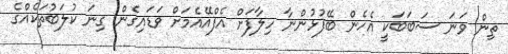
ތިން ވަނަ ސަބަބަކީ އެހެން ބޭފުޅުންނާ ހިލާފަށް އެފްއޭއެމަށް ވަޑައިގެން ގިނަ ކުލަބުތަކެއްގެ